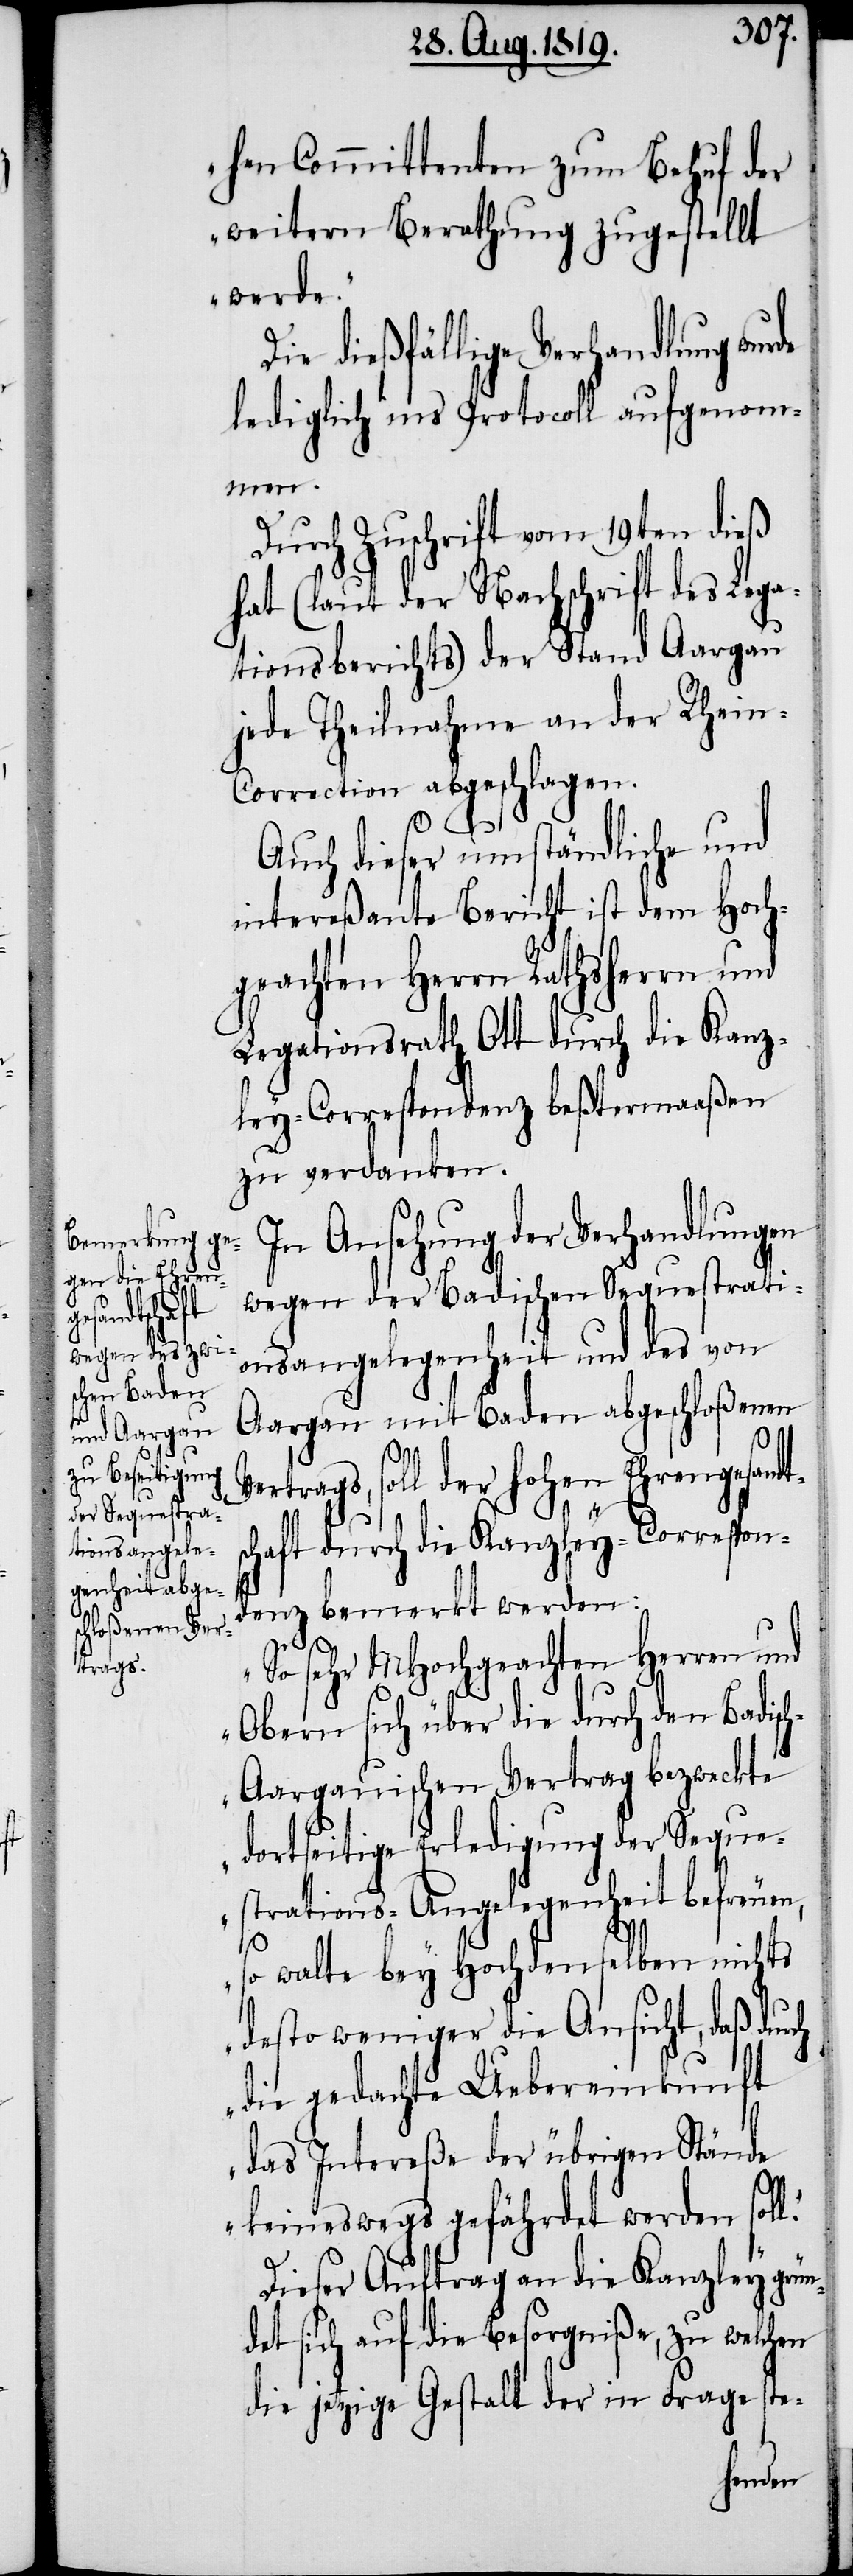
hen Committenten zum Behuf der
weitern Berathung zugestellt
werde.“
Die dießfällige Verhandlung wurde
lediglich ins Protocoll aufgenom¬
men.
Durch Zuschrift vom 19ten dieß
hat (laut der Nachricht des Lega¬
tionsberichts) der Stand Aargau
jede Theilnahme an der Rhein-C¬
orrection abgeschlagen.
l.“
Auch dieser umständliche und
intereßante Bericht ist dem Hoch¬
geachten Herrn Rathsherrn und
Legationsrath Ott durch die Kanz¬
ley-Correspondenz beßtermaaßen
zu verdanken.
In Ansehung der Verhandlungen
wegen der Badischen Sequestrati¬
onsangelegenheit und des von
Aargau mit Baden abgeschloßenen
Vertrags, soll der hohen Ehrengesandts¬
chaft durch die Kanzley-Corrspon¬
denz bemerkt werden:
„So sehr MHochgeachten Herren und
Obern sich über die durch den Badisc¬
h-Aargauischen Vertrag bezweckte
dortseitige Erledigung der Seque¬
strations-Angelegenheit befreuen,
so walte bey Hochdenselben nichts
desto weniger die Ansicht, daß durch
die gedachte Uebereinkunft
das Intereße der übrigen Stände
keineswegs gefährdet werden sol¬
Dieser Auftrag an die Kanzley grün¬
det sich auf die Besorgniße, zu welchen
die jetzige Gestalt der in Frage ste-